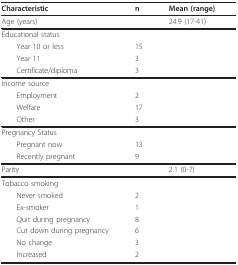
<table><thead><tr><td><b>Characteristic</b></td><td><b>n</b></td><td><b>Mean (range)</b></td></tr></thead><tbody><tr><td>Age (years)</td><td></td><td>24.9 (17-41)</td></tr><tr><td colspan="3">Educational status</td></tr><tr><td> Year 10 or less</td><td>15</td><td></td></tr><tr><td> Year 11</td><td>3</td><td></td></tr><tr><td> Certificate/diploma</td><td>3</td><td></td></tr><tr><td colspan="3">Income source</td></tr><tr><td> Employment</td><td>2</td><td></td></tr><tr><td> Welfare</td><td>17</td><td></td></tr><tr><td> Other</td><td>3</td><td></td></tr><tr><td colspan="3">Pregnancy Status</td></tr><tr><td> Pregnant now</td><td>13</td><td></td></tr><tr><td> Recently pregnant</td><td>9</td><td></td></tr><tr><td>Parity</td><td></td><td>2.1 (0-7)</td></tr><tr><td colspan="3">Tobacco smoking</td></tr><tr><td> Never smoked</td><td>2</td><td></td></tr><tr><td> Ex-smoker</td><td>1</td><td></td></tr><tr><td> Quit during pregnancy</td><td>8</td><td></td></tr><tr><td> Cut down during pregnancy</td><td>6</td><td></td></tr><tr><td> No change</td><td>3</td><td></td></tr><tr><td> Increased</td><td>2</td><td></td></tr></tbody></table>